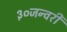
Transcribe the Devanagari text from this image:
३०जन्वरी